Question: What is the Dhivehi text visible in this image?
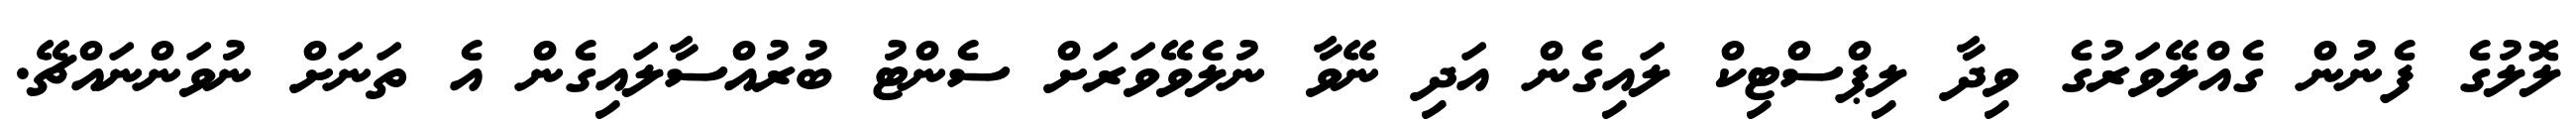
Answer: ލޮލުގެ ފެނުން ގެއްލޭވަރުގެ ވިދާ ލިޕްސްޓިކް ލައިގެން އަދި ނޭވާ ނުލެވޭވަރަށް ސެންޓު ބުރުއްސާލައިގެން އެ ތަނަށް ނުވަންނައްޗޭ.